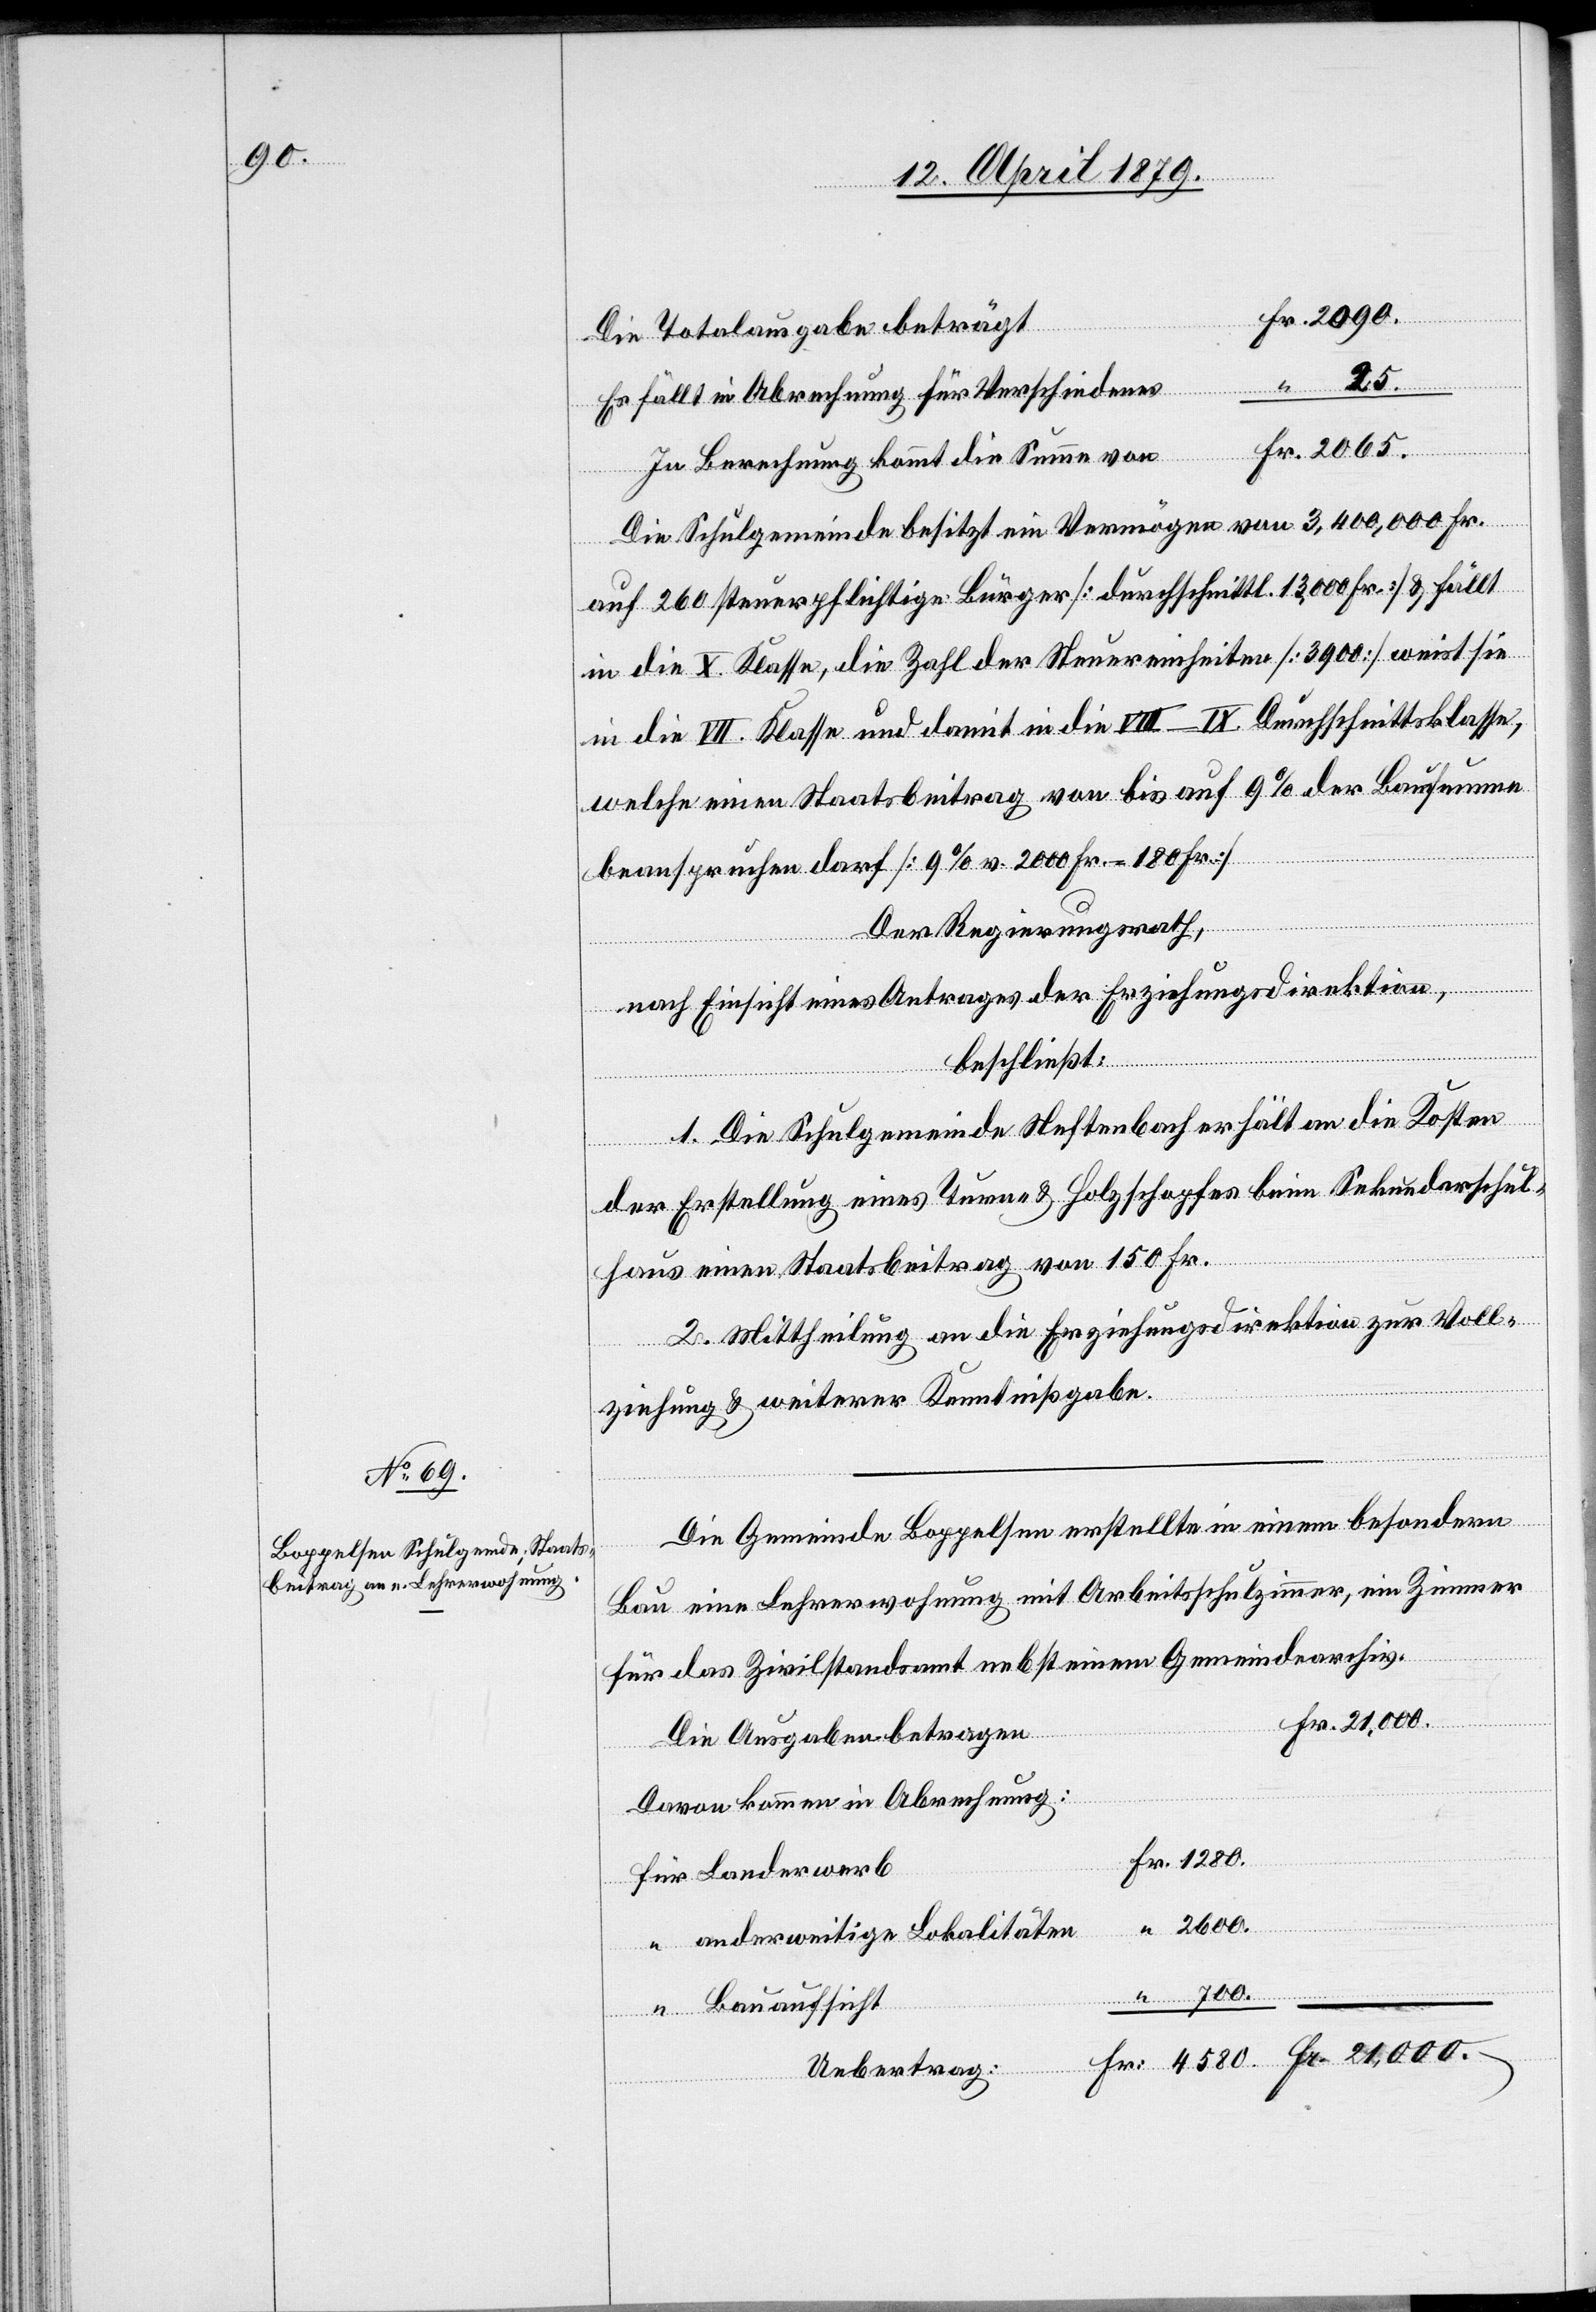
Fr.
Die Totalausgabe beträgt
Es fällt in Abrechnung für Verschiedenes
700.
In Berechnung kommt die Summe von
Die Schulgemeinde besitzt ein Vermögen von 3,400,000 Fr.
auf 260 steuerpflichtige Bürger [durchschnittl. 13,000 Fr.] & fällt
in die X. Klasse, die Zahl der Steuereinheiten [3900] weist sie
in die VII. Klasse und damit in die VIII–IX. Durchschnittsklasse,
welche einen Staatsbeitrag von bis auf 9% der Bausumme
beanspruchen darf [9% v. 2000 Fr. = 180 Fr.]
Der Regierungsrath,
nach Einsicht eines Antrages der Erziehungsdirektion,
beschließt:
1. Die Schulgemeinde Neftenbach erhält an die Kosten
der Erstellung eines Turn- & Holzschopfes beim Sekundarschul¬
haus einen Staatsbeitrag von 150 Fr.
2. Mittheilung an die Erziehungsdirektion zur Voll¬
ziehung & weiterer Kenntnißgabe.
Die Gemeinde Boppelsen erstellte in einem besondern
Bau eine Lehrerwohnung mit Arbeitsschulzimmer, ein Zimmer
für das Zivilstandsamt nebst einem Gemeindearchiv.
Die Ausgaben betragen
Davon kommen in Abrechnung:
für Landerwerb
“
2600.
“ anderweitige Lokalitäten
“ Bauaufsicht